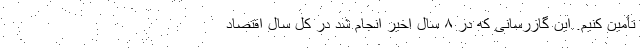
تأمین کنیم. این گازرسانی که در ۸ سال اخیر انجام شد در کل سال اقتصاد